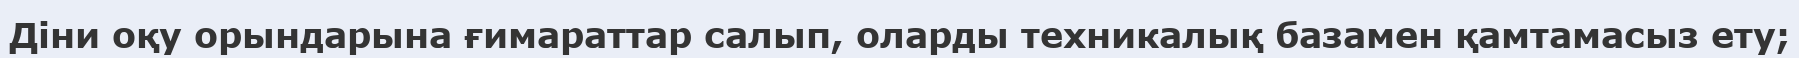
Діни оқу орындарына ғимараттар салып, оларды техникалық базамен қамтамасыз ету;